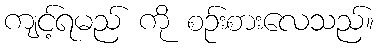
ကျင့်ရမည် ကို စဉ်းစားလေသည်။